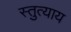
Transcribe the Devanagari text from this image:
स्तुत्याय